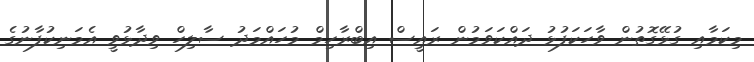
މިކަމާއި ގުޅޭގޮތުން ވާހަކަފުޅު ދައްކަވަމުން ރައީސް އިބްރާހިމް މުހައްމަދު ސާލިހް ވިދާޅުވީ އެމަނިކުފާނުގެ